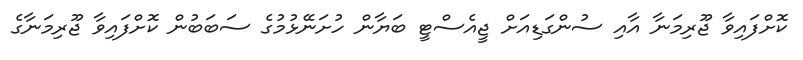
ކޮށްފައިވާ ޖޫރިމަނާ އާއި ސުންގަޑިއަށް ޖީއެސްޓީ ބަޔާން ހުށަނޭޅުމުގެ ސަބަބުން ކޮށްފައިވާ ޖޫރިމަނާގެ